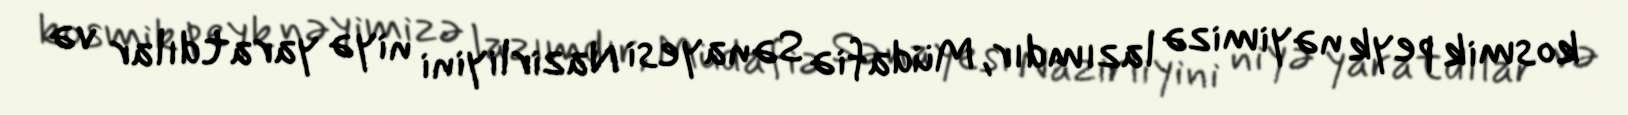
kosmik peyk nəyimizə lazımdır, Müdafiə Sənayesi Nazirliyini niyə yaratdılar və